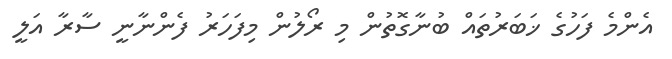
އެންމެ ފަހުގެ ޚަބަރުތައް ބުނާގޮތުން މި ރޯލުން މިފަހަރު ފެންނާނީ ސާރާ އަލީ